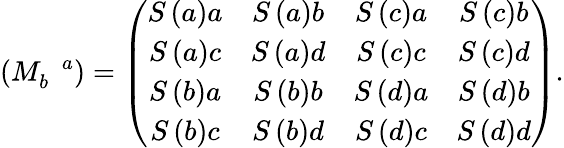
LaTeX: \left(M_{b}^{\, \, \, \, a}\right)=\left(\begin{array}{cccc}{{S\left(a\right)a}}&{{S\left(a\right)b}}&{{S\left(c\right)a}}&{{S\left(c\right)b}}\\ {{S\left(a\right)c}}&{{S\left(a\right)d}}&{{S\left(c\right)c}}&{{S\left(c\right)d}}\\ {{S\left(b\right)a}}&{{S\left(b\right)b}}&{{S\left(d\right)a}}&{{S\left(d\right)b}}\\ {{S\left(b\right)c}}&{{S\left(b\right)d}}&{{S\left(d\right)c}}&{{S\left(d\right)d}}\end{array}\right).